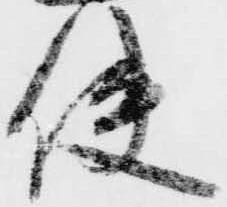
使